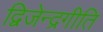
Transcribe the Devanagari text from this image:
द्विजेन्द्रगीति